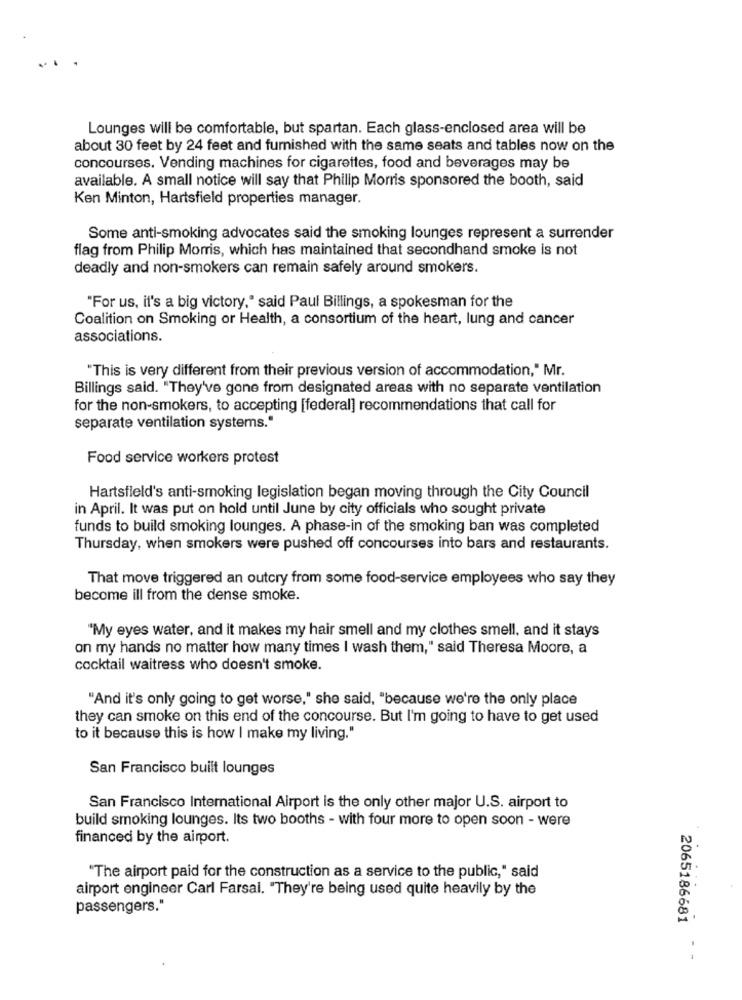
Lounges will be comfortable, but spartan. Each glass-enclosed area will be
about 30 feet by 24 feet and furnished with the same seats and tables now on the
concourses. Vending machines for cigarettes, food and beverages may be
available. A small notice will say that Philip Morris sponsored the booth, said
Ken Minton, Hartsfield properties manager.
Some anti-smoking advocates said the smoking lounges represent a surrender
flag from Philip Morris, which has maintained that secondhand smoke is not
deadly and non-smokers can remain safely around smokers.
"For us, it's a big victory," said Paul Billings, a spokesman for the
Coalition on Smoking or Health, a consortium of the heart, lung and cancer
associations.
"This is very different from their previous version of accommodation," Mr.
Billings said. "They've gone from designated areas with no separate ventilation
for the non-smokers, to accepting [federal] recommendations that call for
separate ventilation systems."
Food service workers protest
Hartsfield's anti-smoking legislation began moving through the City Council
in April. It was put on hold until June by city officials who sought private
funds to build smoking lounges. A phase-in of the smoking ban was completed
Thursday, when smokers were pushed off concourses into bars and restaurants.
That move triggered an outcry from some food-service employees who say they
become ill from the dense smoke.
"My eyes water, and it makes my hair smell and my clothes smell, and it stays
on my hands no matter how many times I wash them," said Theresa Moore, a
cocktail waitress who doesn't smoke.
"And it's only going to get worse," she said, "because we're the only place
they can smoke on this end of the concourse. But I'm going to have to get used
to it because this is how I make my living."
San Francisco built lounges
San Francisco International Airport is the only other major U.S. airport to
build smoking lounges. Its two booths - with four more to open soon - were
financed by the airport.
"The airport paid for the construction as a service to the public," said
airport engineer Carl Farsal. "They're being used quite heavily by the
passengers."
2065186681 --